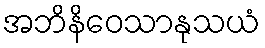
အဘိနိဝေသာနုသယံ